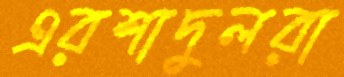
এরশাদুলরা